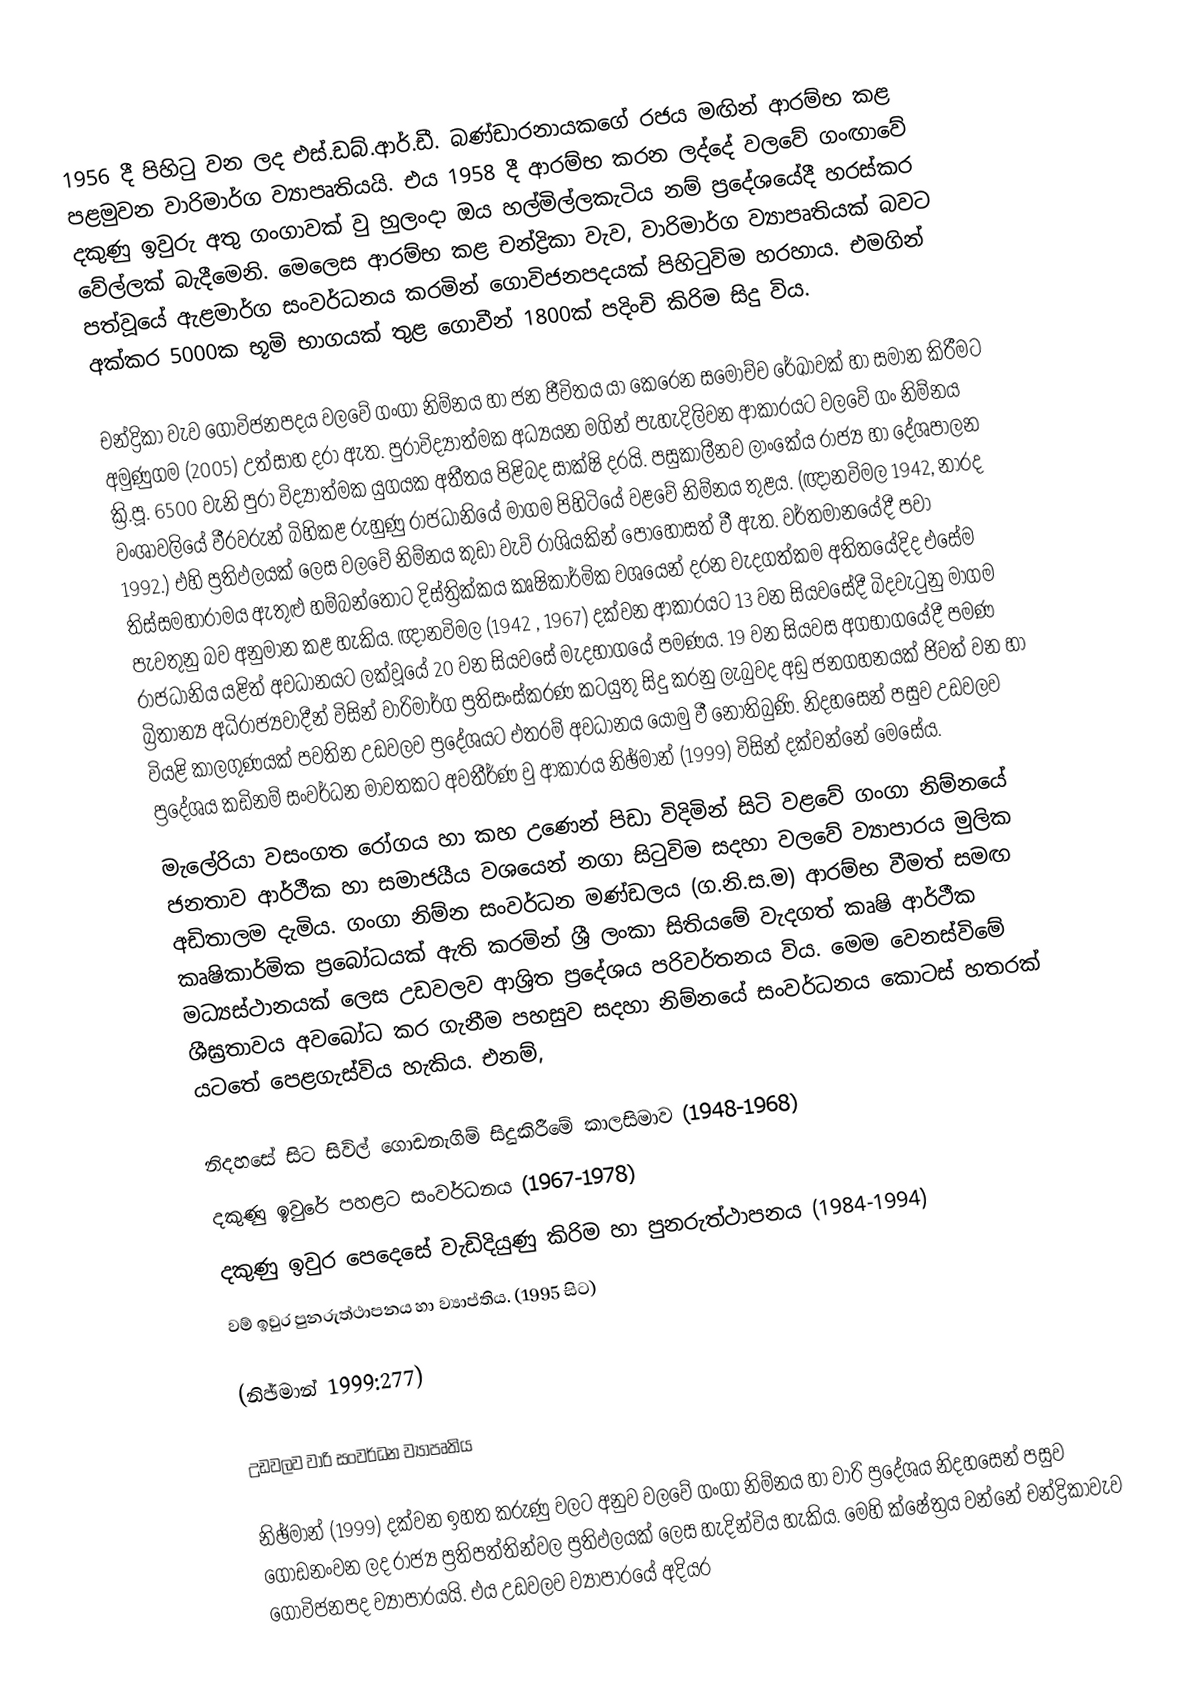
1956 දී පිහිටු වන ලද එස්.ඩබ්.ආර්.ඩී. බණ්ඩාරනායකගේ රජය මඟින් ආරම්භ කළ පළමුවන වාරිමාර්ග ව්‍යාපෘතියයි. එය 1958 දී ආරම්භ කරන ලද්දේ වලවේ ගංඟාවේ දකුණු ඉවුරු අතු ගංගාවක් වු හුලංදා ඔය හල්මිල්ලකැටිය නම් ප්‍රදේශයේදී හරස්කර වේල්ලක් බැදීමෙනි. මෙලෙස ආරම්භ කළ චන්ද්‍රිකා වැව, වාරිමාර්ග ව්‍යාපෘතියක් බවට පත්වූයේ ඇළමාර්ග සංවර්ධනය කරමින් ගොවිජනපදයක් පිහිටුවිම හරහාය. එමගින් අක්කර 5000ක භූමි භාගයක් තුළ ගොවීන් 1800ක් පදිංචි කිරිම සිදු විය.

චන්ද්‍රිකා වැව ගොවිජනපදය වලවේ ගංගා නිම්නය හා ජන ජීවිතය යා කෙරෙන සමෝච්ච රේඛාවක් හා සමාන කිරීමට අමුණුගම (2005) උත්සාහ දරා ඇත. පුරාවිද්‍යාත්මක අධ්‍යයන මගින් පැහැදිලිවන ආකාරයට වලවේ ගං නිම්නය ක්‍රි.පූ. 6500 වැනි පුරා විද්‍යාත්මක යුගයක අතීතය පිළිබද සාක්ෂි දරයි. පසුකාලීනව ලාංකේය රාජ්‍ය හා දේශපාලන වංශාවලියේ වීරවරුන් බිහිකළ රුහුණු රාජධානියේ මාගම පිහිටියේ වළවේ නිම්නය තුළය. (ඥානවිමල 1942, නාරද 1992.) එහි ප්‍රතිඵලයක් ලෙස වලවේ නිම්නය කුඩා වැව් රාශියකින් පොහොසත් වී ඇත. වර්තමානයේදී පවා තිස්සමහාරාමය ඇතුළු හම්බන්තොට දිස්ත්‍රික්කය කෘෂිකාර්මික වශයෙන් දරන වැදගත්කම අතිතයේදිද එසේම පැවතුනු බව අනුමාන කළ හැකිය. ඥානවිමල (1942 , 1967) දක්වන ආකාරයට 13 වන සියවසේදී බිදවැටුනු මාගම රාජධානිය යළිත් අවධානයට ලක්වූයේ 20 වන සියවසේ මැදභාගයේ පමණය. 19 වන සියවස අගභාගයේදී පමණ බ්‍රිතාන්‍ය අධිරාජ්‍යවාදීන් විසින් වාරිමාර්ග ප්‍රතිසංස්කරණ කටයුතු සිදු කරනු ලැබුවද අඩු ජනගහනයක් ජිවත් වන හා වියළි කාලගුණයක් පවතින උඩවලව ප්‍රදේශයට එතරම් අවධානය යොමු වී නොතිබුණි. නිදහසෙන් පසුව උඩවලව ප්‍රදේශය කඩිනම් සංවර්ධන මාවතකට අවතීර්ණ වු ආකාරය නිඡ්මාන් (1999) විසින් දක්වන්නේ මෙසේය.
මැලේරියා වසංගත රෝගය හා කහ උණෙන් පිඩා විදිමින් සිටි වළවේ ගංගා නිම්නයේ ජනතාව ආර්ථීක හා සමාජයීය වශයෙන් නගා සිටුවිම සදහා වලවේ ව්‍යාපාරය මුලික අඩිතාලම දැමිය. ගංගා නිම්න සංවර්ධන මණ්ඩලය (ග.නි.ස.ම) ආරම්භ වීමත් සමඟ කෘෂිකාර්මික ප්‍රබෝධයක් ඇති කරමින් ශ්‍රී ලංකා සිතියමේ වැදගත් කෘෂි ආර්ථීක මධ්‍යස්ථානයක් ලෙස උඩවලව ආශ්‍රිත ප්‍රදේශය පරිවර්තනය විය. මෙම වෙනස්විමේ ශීඝ්‍රතාවය අවබෝධ කර ගැනීම පහසුව සදහා නිම්නයේ සංවර්ධනය කොටස් හතරක් යටතේ පෙළගැස්විය හැකිය. එනම්,

 නිදහසේ සිට සිවිල් ගොඩනැගිම් සිදුකිරීමේ කාලසිමාව (1948-1968)
 දකුණු ඉවුරේ පහළට සංවර්ධනය (1967-1978)
 දකුණු ඉවුර පෙදෙසේ වැඩිදියුණු කිරිම හා පුනරුත්ථාපනය (1984-1994)
 වම් ඉවුර පුනරුත්ථාපනය හා ව්‍යාප්තිය. (1995 සිට)

(නිඡ්මාන් 1999:277)

උඩවලව වාරි සංවර්ධන ව්‍යාපෘතිය

නිඡ්මාන් (1999) දක්වන ඉහත කරුණු වලට අනුව වලවේ ගංගා නිම්නය හා වාරි ප්‍රදේශය නිදහසෙන් පසුව ගොඩනංවන ලද රාජ්‍ය ප්‍රතිපත්තින්වල ප්‍රතිඵලයක් ලෙස හැදින්විය හැකිය. මෙහි ක්ෂේත්‍රය වන්නේ චන්ද්‍රිකාවැව ගොවිජනපද ව්‍යාපාරයයි. එය උඩවලව ව්‍යාපාරයේ අදියර